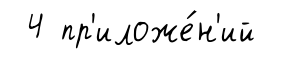
4 пр'иложе́н'ий